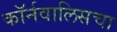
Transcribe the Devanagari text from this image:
कॉर्नवालिसचा